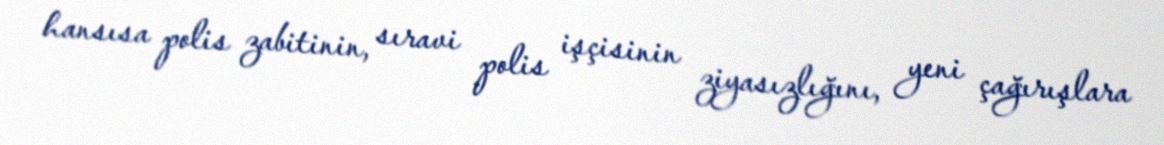
hansısa polis zabitinin, sıravi polis işçisinin ziyasızlığını, yeni çağırışlara